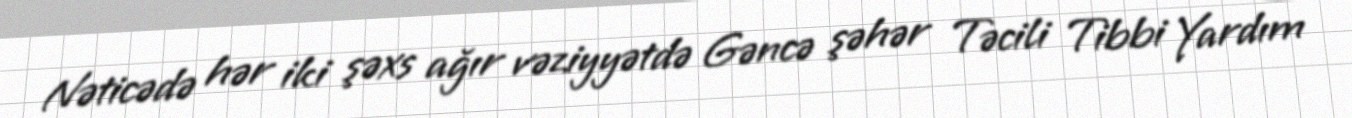
Nəticədə hər iki şəxs ağır vəziyyətdə Gəncə şəhər Təcili Tibbi Yardım